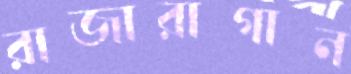
রাজারাগান